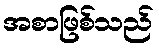
အစာဖြစ်သည်